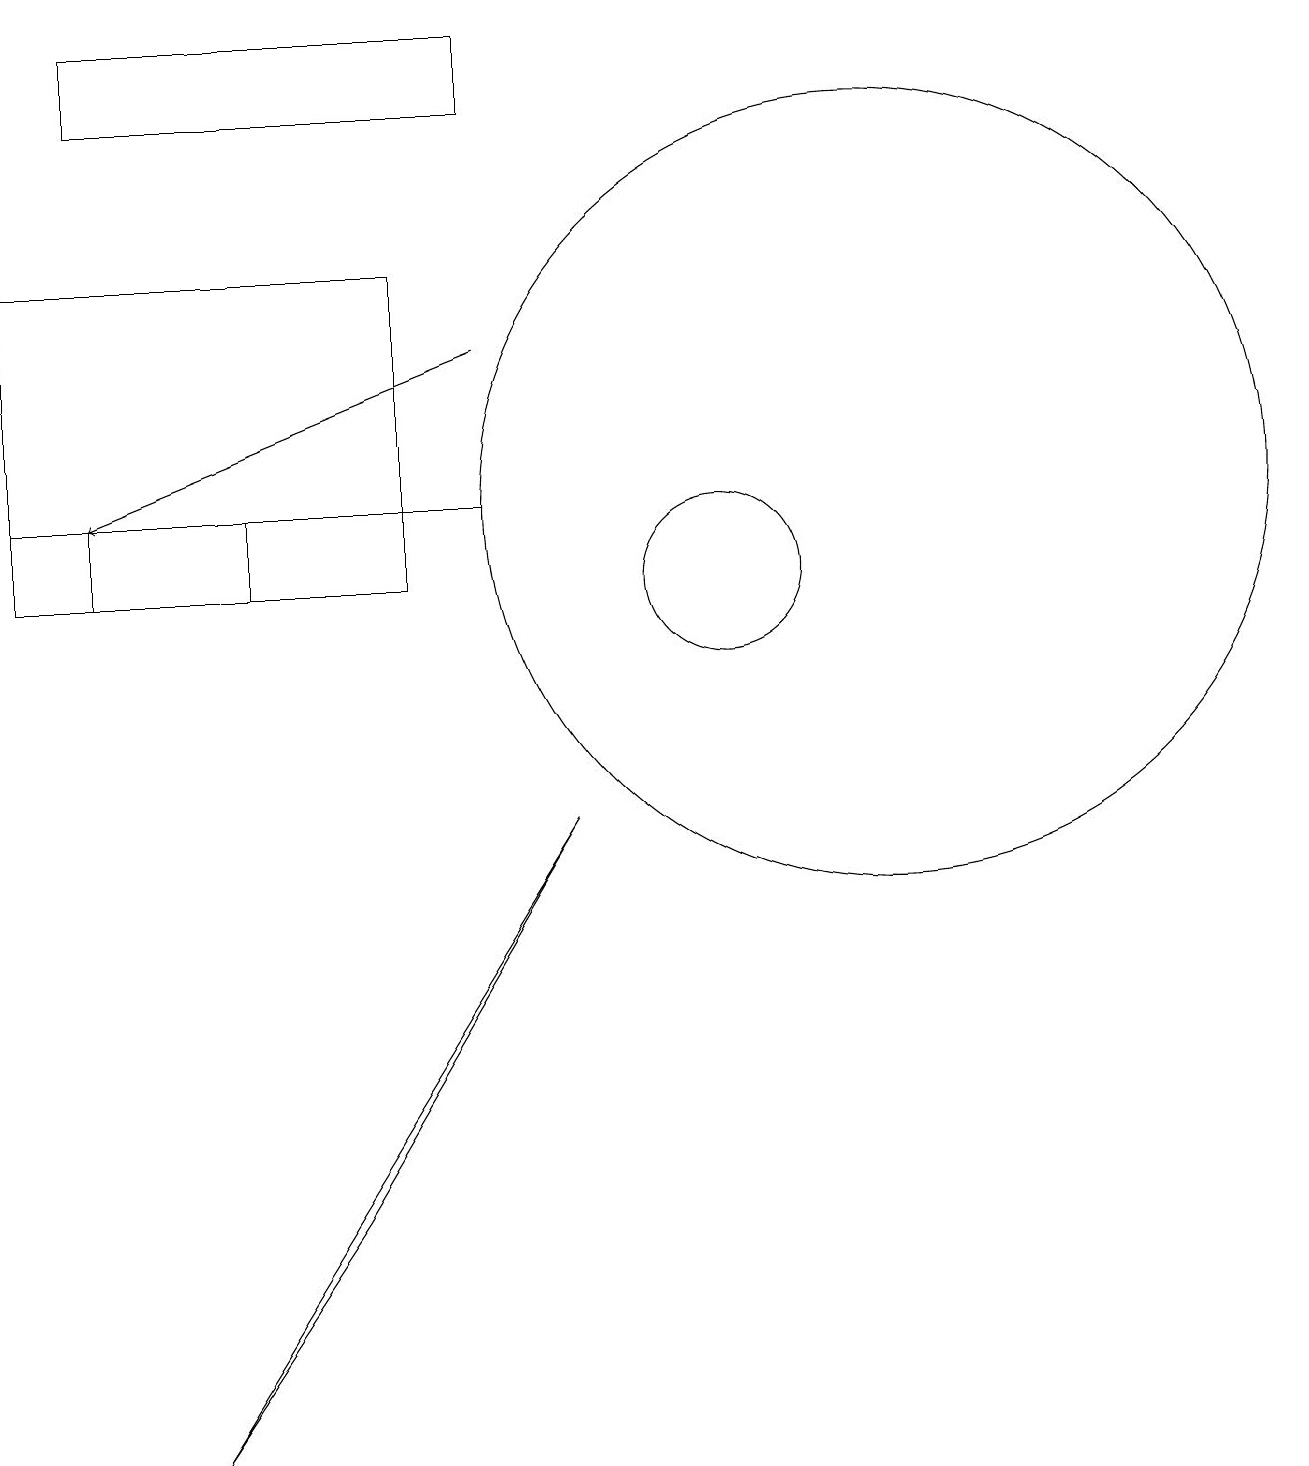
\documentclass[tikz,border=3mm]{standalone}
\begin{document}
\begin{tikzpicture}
\draw[->] (7,14) -- (2,12);
\draw (12,12) circle (5);
\draw (2,17) rectangle (7,18);
\draw (1,15) rectangle (6,11);
\draw (5,3) -- (8,8) -- (3,0) -- cycle;
\draw (2,12) rectangle (4,11);
\draw (10,11) circle (1);
\draw (7,12) rectangle (1,12);
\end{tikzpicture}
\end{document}